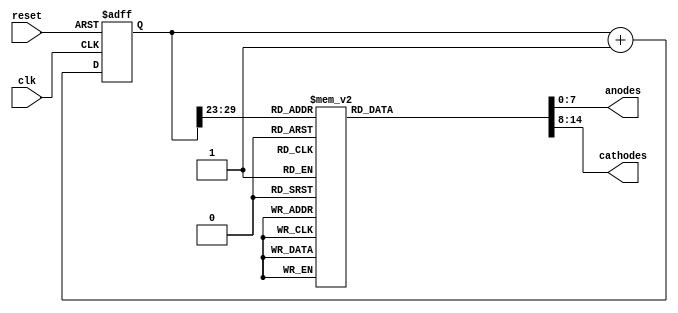
`timescale 1ns / 1ps

//======================================================
//         Deepak Lal (041-18-0030)
//         Saeed Akbar Khan (041-18-0020)             
// 8 seven-segment displays
// Project Name: Snake Pattern on seven segment displays
//======================================================


module Time_Mux(anodes, cathodes, clk, reset);
input clk, reset; 
output reg [7:0] anodes;
output reg [6:0] cathodes; 

parameter N = 30;  // 100 MHz /(2**17) ~= 763 Hz  : 1/763 Hz = 1.31 ms
 
// internal registers
reg [N-1:0] current_state;  
wire [N-1:0] next_state;

// 
  

// current_state logic
always@(posedge clk, posedge reset)
begin
    if(reset)
        current_state <= 0;
    else 
        current_state <= next_state;     
end


// next_state logic
assign next_state = current_state + 1; 

wire [6:0] Outt1, Outt2, Outt3, Outt4, Outt5, Outt6, Outt7; 


// output logic 
always@(*)
begin
    case(current_state[N-1:N-7])
    7'b0000000 : begin   anodes = 8'b11111110;
                    cathodes = Outt2; end

    7'b0000001 : begin   anodes = 8'b11111110;
                    cathodes = Outt7; end

    7'b0000010 : begin   anodes = 8'b11111101;
                    cathodes = Outt7; end

    7'b0000011 : begin   anodes = 8'b11111011;
                    cathodes = Outt7; end

    7'b0000100 : begin   anodes = 8'b11110111;
                    cathodes = Outt7; end

    7'b0000101 : begin   anodes = 8'b11101111;
                    cathodes = Outt7; end

    7'b0000110 : begin   anodes = 8'b11011111;
                    cathodes = Outt7; end

    7'b0000111 : begin   anodes = 8'b10111111;
                    cathodes = Outt7; end

    7'b0001000 : begin   anodes = 8'b01111111;
                    cathodes = Outt7; end

    7'b0001001 : begin   anodes = 8'b01111111;
                    cathodes = Outt5; end

    7'b0001010 : begin   anodes = 8'b01111111;
                    cathodes = Outt4; end

    7'b0001011 : begin   anodes = 8'b10111111;
                    cathodes = Outt4; end

    7'b0001100 : begin   anodes = 8'b11011111;
                    cathodes = Outt4; end

    7'b0001101 : begin   anodes = 8'b11101111;
                    cathodes = Outt4; end

    7'b0001110 : begin   anodes = 8'b11110111;
                    cathodes = Outt4; end

    7'b0001111 : begin   anodes = 8'b11111011;
                    cathodes = Outt4; end

    7'b0010000 : begin   anodes = 8'b11111101;
                    cathodes = Outt4; end

    7'b0010001 : begin   anodes = 8'b11111110;
                    cathodes = Outt4; end

    7'b0010010 : begin   anodes = 8'b11111110;
                    cathodes = Outt3; end

    7'b0010011 : begin   anodes = 8'b11111110;
                    cathodes = Outt2; end

    7'b0010100 : begin   anodes = 8'b11111110;
                    cathodes = Outt1; end

    7'b0010101 : begin   anodes = 8'b11111110;
                    cathodes = Outt6; end

    7'b0010110 : begin   anodes = 8'b11111110;
                    cathodes = Outt5; end

    7'b0010111 : begin   anodes = 8'b11111101;
                    cathodes = Outt3; end

    7'b0011000 : begin   anodes = 8'b11111101;
                    cathodes = Outt2; end

    7'b0011001 : begin   anodes = 8'b11111101;
                    cathodes = Outt1; end

    7'b0011010 : begin   anodes = 8'b11111101;
                    cathodes = Outt6; end

    7'b0011011 : begin   anodes = 8'b11111101;
                    cathodes = Outt5; end

    7'b0011100 : begin   anodes = 8'b11111011;
                    cathodes = Outt3; end

    7'b0011101 : begin   anodes = 8'b11111011;
                    cathodes = Outt2; end

    7'b0011110 : begin   anodes = 8'b11111011;
                    cathodes = Outt1; end

    7'b0011111 : begin   anodes = 8'b11111011;
                    cathodes = Outt6; end

    7'b0100000 : begin   anodes = 8'b11111011;
                    cathodes = Outt5; end

    7'b0100001 : begin   anodes = 8'b11110111;
                    cathodes = Outt3; end

    7'b0100010 : begin   anodes = 8'b11110111;
                    cathodes = Outt2; end

    7'b0100011 : begin   anodes = 8'b11110111;
                    cathodes = Outt1; end

    7'b0100100 : begin   anodes = 8'b11110111;
                    cathodes = Outt6; end

    7'b0100101 : begin   anodes = 8'b11110111;
                    cathodes = Outt5; end

    7'b0100110 : begin   anodes = 8'b11101111;
                    cathodes = Outt3; end

    7'b0100111 : begin   anodes = 8'b11101111;
                    cathodes = Outt2; end

    7'b0101000 : begin   anodes = 8'b11101111;
                    cathodes = Outt1; end

    7'b0101001 : begin   anodes = 8'b11101111;
                    cathodes = Outt6; end

    7'b0101010 : begin   anodes = 8'b11101111;
                    cathodes = Outt5; end

    7'b0101011 : begin   anodes = 8'b11011111;
                    cathodes = Outt3; end

    7'b0101100 : begin   anodes = 8'b11011111;
                    cathodes = Outt2; end

    7'b0101101 : begin   anodes = 8'b11011111;
                    cathodes = Outt1; end

    7'b0101110 : begin   anodes = 8'b11011111;
                    cathodes = Outt6; end

    7'b0101111 : begin   anodes = 8'b11011111;
                    cathodes = Outt5; end

    7'b0110000 : begin   anodes = 8'b10111111;
                    cathodes = Outt3; end

    7'b0110001 : begin   anodes = 8'b10111111;
                    cathodes = Outt2; end

    7'b0110010 : begin   anodes = 8'b10111111;
                    cathodes = Outt1; end

    7'b0110011 : begin   anodes = 8'b10111111;
                    cathodes = Outt6; end

    7'b0110100 : begin   anodes = 8'b10111111;
                    cathodes = Outt5; end

    7'b0110101 : begin   anodes = 8'b01111111;
                    cathodes = Outt3; end

    7'b0110110 : begin   anodes = 8'b01111111;
                    cathodes = Outt2; end

    7'b0110111 : begin   anodes = 8'b01111111;
                    cathodes = Outt1; end

    7'b0111000 : begin   anodes = 8'b01111111;
                    cathodes = Outt6; end

    7'b0111001 : begin   anodes = 8'b01111111;
                    cathodes = Outt5; end

    7'b0111010 : begin   anodes = 8'b01111111;
                    cathodes = Outt4; end

    7'b0111011 : begin   anodes = 8'b10111111;
                    cathodes = Outt4; end

    7'b0111100 : begin   anodes = 8'b11011111;
                    cathodes = Outt4; end

    7'b0111101 : begin   anodes = 8'b11101111;
                    cathodes = Outt4; end

    7'b0111110 : begin   anodes = 8'b11110111;
                    cathodes = Outt4; end

    7'b0111111 : begin   anodes = 8'b11111011;
                    cathodes = Outt4; end

    7'b1000000 : begin   anodes = 8'b11111101;
                    cathodes = Outt4; end

    7'b1000001 : begin   anodes = 8'b11111110;
                    cathodes = Outt4; end

    7'b1000010 : begin   anodes = 8'b11111110;
                    cathodes = Outt3; end

    7'b1000011 : begin   anodes = 8'b11111110;
                    cathodes = Outt7; end

    7'b1000100 : begin   anodes = 8'b11111101;
                    cathodes = Outt7; end

    7'b1000101 : begin   anodes = 8'b11111011;
                    cathodes = Outt7; end

    7'b1000110 : begin   anodes = 8'b11110111;
                    cathodes = Outt7; end

    7'b1000111 : begin   anodes = 8'b11101111;
                    cathodes = Outt7; end

    7'b1001000 : begin   anodes = 8'b11011111;
                    cathodes = Outt7; end

    7'b1001001 : begin   anodes = 8'b10111111;
                    cathodes = Outt7; end

    7'b1001010 : begin   anodes = 8'b01111111;
                    cathodes = Outt7; end

    7'b1001011 : begin   anodes = 8'b01111111;
                    cathodes = Outt6; end

    7'b1001100 : begin   anodes = 8'b01111111;
                    cathodes = Outt1; end

    7'b1001101 : begin   anodes = 8'b01111111;
                    cathodes = Outt2; end

    7'b1001110 : begin   anodes = 8'b01111111;
                    cathodes = Outt3; end

    7'b1001111 : begin   anodes = 8'b10111111;
                    cathodes = Outt5; end

    7'b1010000 : begin   anodes = 8'b10111111;
                    cathodes = Outt6; end

    7'b1010001 : begin   anodes = 8'b10111111;
                    cathodes = Outt1; end

    7'b1010010 : begin   anodes = 8'b10111111;
                    cathodes = Outt2; end

    7'b1010011 : begin   anodes = 8'b10111111;
                    cathodes = Outt3; end

    7'b1010100 : begin   anodes = 8'b11011111;
                    cathodes = Outt5; end

    7'b1010101 : begin   anodes = 8'b11011111;
                    cathodes = Outt6; end

    7'b1010110 : begin   anodes = 8'b11011111;
                    cathodes = Outt1; end

    7'b1010111 : begin   anodes = 8'b11011111;
                    cathodes = Outt2; end

    7'b1011000 : begin   anodes = 8'b11011111;
                    cathodes = Outt3; end

    7'b1011001 : begin   anodes = 8'b11101111;
                    cathodes = Outt5; end

    7'b1011010 : begin   anodes = 8'b11101111;
                    cathodes = Outt6; end

    7'b1011011 : begin   anodes = 8'b11101111;
                    cathodes = Outt1; end

    7'b1011100 : begin   anodes = 8'b11101111;
                    cathodes = Outt2; end

    7'b1011101 : begin   anodes = 8'b11101111;
                    cathodes = Outt3; end

    7'b1011110 : begin   anodes = 8'b11110111;
                    cathodes = Outt5; end

    7'b1011111 : begin   anodes = 8'b11110111;
                    cathodes = Outt6; end

    7'b1100000 : begin   anodes = 8'b11110111;
                    cathodes = Outt1; end

    7'b1100001 : begin   anodes = 8'b11110111;
                    cathodes = Outt2; end

    7'b1100010 : begin   anodes = 8'b11110111;
                    cathodes = Outt3; end

    7'b1100011 : begin   anodes = 8'b11111011;
                    cathodes = Outt5; end

    7'b1100100 : begin   anodes = 8'b11111011;
                    cathodes = Outt6; end

    7'b1100101 : begin   anodes = 8'b11111011;
                    cathodes = Outt1; end

    7'b1100110 : begin   anodes = 8'b11111011;
                    cathodes = Outt2; end

    7'b1100111 : begin   anodes = 8'b11111011;
                    cathodes = Outt3; end

    7'b1101000 : begin   anodes = 8'b11111101;
                    cathodes = Outt5; end

    7'b1101001 : begin   anodes = 8'b11111101;
                    cathodes = Outt6; end

    7'b1101010 : begin   anodes = 8'b11111101;
                    cathodes = Outt1; end

    7'b1101011 : begin   anodes = 8'b11111101;
                    cathodes = Outt2; end

    7'b1101100 : begin   anodes = 8'b11111101;
                    cathodes = Outt3; end

    7'b1101101 : begin   anodes = 8'b11111110;
                    cathodes = Outt5; end

    7'b1101110 : begin   anodes = 8'b11111110;
                    cathodes = Outt6; end

    7'b1101111 : begin   anodes = 8'b11111110;
                    cathodes = Outt1; end
                                        
    default : begin anodes = 8'b00000000;
                    cathodes = 7'b1111111; end                               
    
    endcase
end


assign Outt1 = 7'b1111110;// a segment high
assign Outt2 = 7'b1111101;// b segment high
assign Outt3 = 7'b1111011;// c segment high
assign Outt4 = 7'b1110111;// d segment high
assign Outt5 = 7'b1101111;// e segment high
assign Outt6 = 7'b1011111;// f segment high
assign Outt7 = 7'b0111111;// g segment high

endmodule